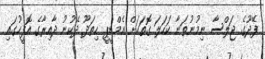
ފޭދޫގެ ޖަލްސާ ނިމުނުތަނާ ކަހަލަ ގޮތަކަށް އެމްޑީޕީ ހިތަދޫ ދެކުނު ދާއިރާގެ އޮފީހުގައި